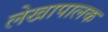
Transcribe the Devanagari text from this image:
लेखापालक